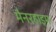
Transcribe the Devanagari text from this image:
मैनरहाइम